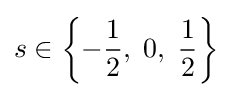
s\in \left\{-{\frac {1}{2}},\;0,\;{\frac {1}{2}}\right\}